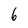
Character: 6